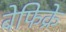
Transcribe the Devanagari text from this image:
बेफिक्रे